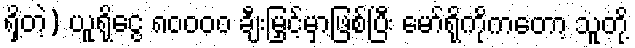
ရှိတဲ့) ယူရိုငွေ ၈၀၀၀၀ ချီးမြှင့်မှာဖြစ်ပြီး မော်ရိုကိုကတော့ သူတို့